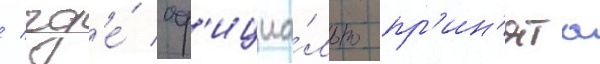
/ гд'е́ оф'ициа́льно пр'ин'ята